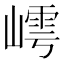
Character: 嶀